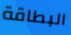
البطاقة